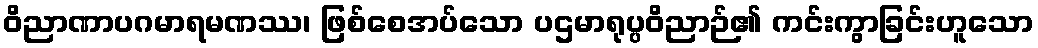
ဝိညာဏာပဂမာရမဏဿ၊ ဖြစ်စေအပ်သော ပဌမာရုပ္ပဝိညာဉ်၏ ကင်းကွာခြင်းဟူသော